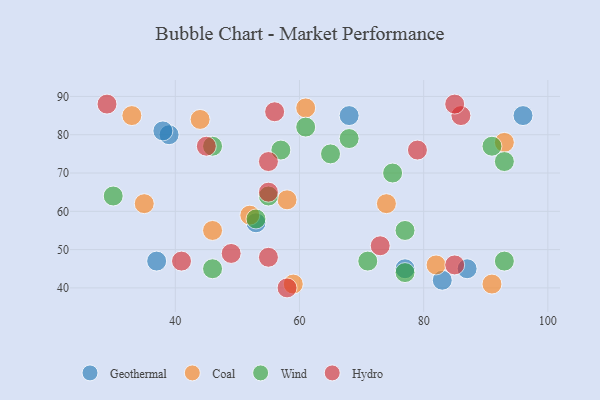
{"axis": {"x": "GDP", "y": "Life Expectancy"}, "legend": ["Coal", "Geothermal", "Hydro", "Wind"], "data": [{"x": "87", "y": 45, "type": "Geothermal"}, {"x": "83", "y": 42, "type": "Geothermal"}, {"x": "53", "y": 57, "type": "Geothermal"}, {"x": "68", "y": 85, "type": "Geothermal"}, {"x": "39", "y": 80, "type": "Geothermal"}, {"x": "77", "y": 45, "type": "Geothermal"}, {"x": "38", "y": 81, "type": "Geothermal"}, {"x": "96", "y": 85, "type": "Geothermal"}, {"x": "37", "y": 47, "type": "Geothermal"}, {"x": "82", "y": 46, "type": "Coal"}, {"x": "93", "y": 78, "type": "Coal"}, {"x": "61", "y": 87, "type": "Coal"}, {"x": "59", "y": 41, "type": "Coal"}, {"x": "52", "y": 59, "type": "Coal"}, {"x": "35", "y": 62, "type": "Coal"}, {"x": "91", "y": 41, "type": "Coal"}, {"x": "74", "y": 62, "type": "Coal"}, {"x": "46", "y": 55, "type": "Coal"}, {"x": "44", "y": 84, "type": "Coal"}, {"x": "58", "y": 63, "type": "Coal"}, {"x": "33", "y": 85, "type": "Coal"}, {"x": "77", "y": 55, "type": "Wind"}, {"x": "68", "y": 79, "type": "Wind"}, {"x": "91", "y": 77, "type": "Wind"}, {"x": "93", "y": 47, "type": "Wind"}, {"x": "30", "y": 64, "type": "Wind"}, {"x": "71", "y": 47, "type": "Wind"}, {"x": "77", "y": 44, "type": "Wind"}, {"x": "46", "y": 77, "type": "Wind"}, {"x": "93", "y": 73, "type": "Wind"}, {"x": "61", "y": 82, "type": "Wind"}, {"x": "46", "y": 45, "type": "Wind"}, {"x": "57", "y": 76, "type": "Wind"}, {"x": "75", "y": 70, "type": "Wind"}, {"x": "65", "y": 75, "type": "Wind"}, {"x": "53", "y": 58, "type": "Wind"}, {"x": "55", "y": 64, "type": "Wind"}, {"x": "73", "y": 51, "type": "Hydro"}, {"x": "41", "y": 47, "type": "Hydro"}, {"x": "85", "y": 46, "type": "Hydro"}, {"x": "79", "y": 76, "type": "Hydro"}, {"x": "55", "y": 65, "type": "Hydro"}, {"x": "55", "y": 73, "type": "Hydro"}, {"x": "56", "y": 86, "type": "Hydro"}, {"x": "29", "y": 88, "type": "Hydro"}, {"x": "55", "y": 48, "type": "Hydro"}, {"x": "86", "y": 85, "type": "Hydro"}, {"x": "58", "y": 40, "type": "Hydro"}, {"x": "85", "y": 88, "type": "Hydro"}, {"x": "49", "y": 49, "type": "Hydro"}, {"x": "45", "y": 77, "type": "Hydro"}]}